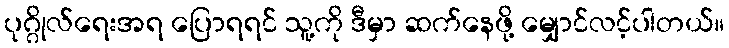
ပုဂ္ဂိုလ်ရေးအရ ပြောရရင် သူ့ကို ဒီမှာ ဆက်နေဖို့ မျှောင်လင့်ပါတယ်။